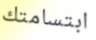
ابتسامتك